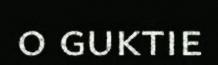
o guktie